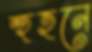
হুহনে